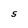
Character: S